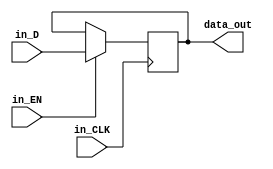
`timescale 1ns / 1ps
//////////////////////////////////////////////////////////////////////////////////
// Company: 
// Engineer: 
// 
// Design Name: 
// Module Name: dff_en
// Project Name: 
// Target Devices: 
// Tool Versions: 
// Description: 
// 
// Dependencies: 
// 
// Revision:
// Revision 0.01 - File Created
// Additional Comments:
// 
//////////////////////////////////////////////////////////////////////////////////


module dff_en(
    input in_D, in_EN, in_CLK,
    output reg data_out
);
always @ (posedge in_CLK)
    if(in_EN)
        data_out<=in_D;
endmodule